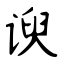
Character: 谀